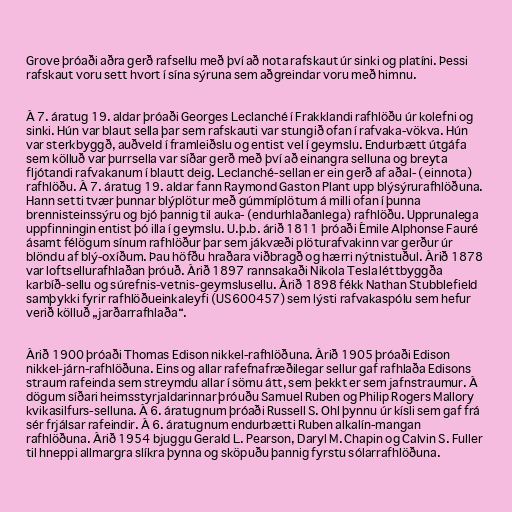
Grove þróaði aðra gerð rafsellu með því að nota rafskaut úr sinki og platíni. Þessi
rafskaut voru sett hvort í sína sýruna sem aðgreindar voru með himnu.

Á 7. áratug 19. aldar þróaði Georges Leclanché í Frakklandi rafhlöðu úr kolefni og
sinki. Hún var blaut sella þar sem rafskauti var stungið ofan í rafvaka-vökva. Hún
var sterkbyggð, auðveld í framleiðslu og entist vel í geymslu. Endurbætt útgáfa
sem kölluð var þurrsella var síðar gerð með því að einangra selluna og breyta
fljótandi rafvakanum í blautt deig. Leclanché-sellan er ein gerð af aðal- (einnota)
rafhlöðu. Á 7. áratug 19. aldar fann Raymond Gaston Plant upp blýsýrurafhlöðuna.
Hann setti tvær þunnar blýplötur með gúmmíplötum á milli ofan í þunna
brennisteinssýru og bjó þannig til auka- (endurhlaðanlega) rafhlöðu. Upprunalega
uppfinningin entist þó illa í geymslu. U.þ.b. árið 1811 þróaði Émile Alphonse Fauré
ásamt félögum sínum rafhlöður þar sem jákvæði plöturafvakinn var gerður úr
blöndu af blý-oxíðum. Þau höfðu hraðara viðbragð og hærri nýtnistuðul. Árið 1878
var loftsellurafhlaðan þróuð. Árið 1897 rannsakaði Nikola Tesla léttbyggða
karbíð-sellu og súrefnis-vetnis-geymslusellu. Árið 1898 fékk Nathan Stubblefield
samþykki fyrir rafhlöðueinkaleyfi (US600457) sem lýsti rafvakaspólu sem hefur
verið kölluð „jarðarrafhlaða“.

Árið 1900 þróaði Thomas Edison nikkel-rafhlöðuna. Árið 1905 þróaði Edison
nikkel-járn-rafhlöðuna. Eins og allar rafefnafræðilegar sellur gaf rafhlaða Edisons
straum rafeinda sem streymdu allar í sömu átt, sem þekkt er sem jafnstraumur. Á
dögum síðari heimsstyrjaldarinnar þróuðu Samuel Ruben og Philip Rogers Mallory
kvikasilfurs-selluna. Á 6. áratugnum þróaði Russell S. Ohl þynnu úr kísli sem gaf frá
sér frjálsar rafeindir. Á 6. áratugnum endurbætti Ruben alkalín-mangan
rafhlöðuna. Árið 1954 bjuggu Gerald L. Pearson, Daryl M. Chapin og Calvin S. Fuller
til hneppi allmargra slíkra þynna og sköpuðu þannig fyrstu sólarrafhlöðuna.